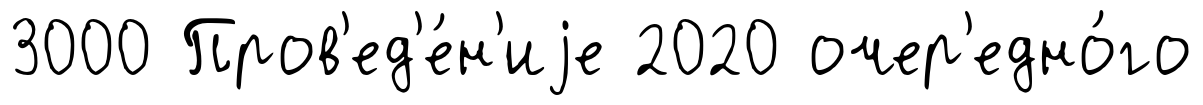
3000 Пров'ед'е́н'иjе 2020 очер'едно́го